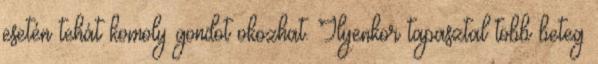
esetén tehát komoly gondot okozhat. Ilyenkor tapasztal több beteg